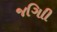
જગાિી